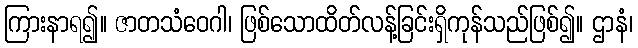
ကြားနာရ၍။ ဇာတသံဝေဂါ၊ ဖြစ်သောထိတ်လန့်ခြင်းရှိကုန်သည်ဖြစ်၍။ ဌာနံ၊